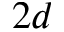
2 d